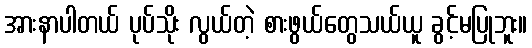
အားနာပါတယ် ပုပ်သိုး လွယ်တဲ့ စားဖွယ်တွေသယ်ယူ ခွင့်မပြုဘူး။